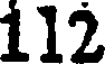
112